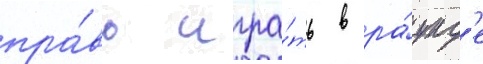
пра́во игра́ть в ра́унд'е